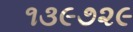
૧૩૯૭૨૯